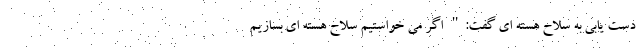
دست یابی به سلاح هسته ای گفت:" اگر می خواستیم سلاح هسته ای بسازیم